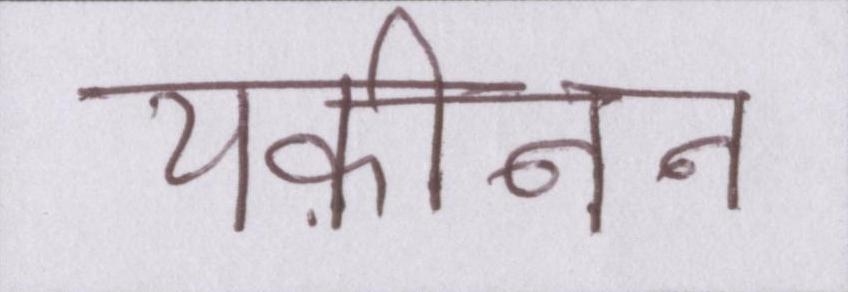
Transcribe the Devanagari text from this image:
यक़ीनन